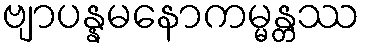
ဗျာပန္နမနောကမ္မန္တဿ